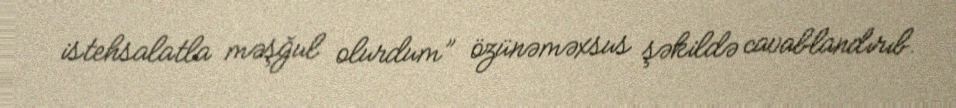
istehsalatla məşğul olurdum” özünəməxsus şəkildə cavablandırıb.